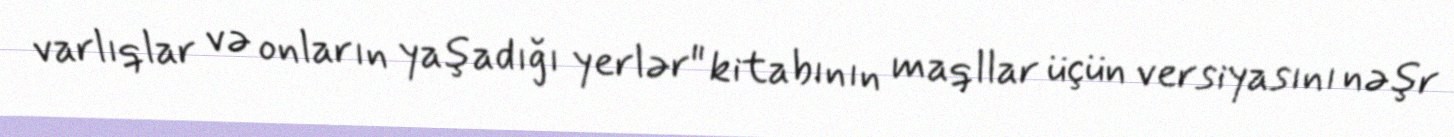
varlıqlar və onların yaşadığı yerlər" kitabının maqllar üçün versiyasını nəşr